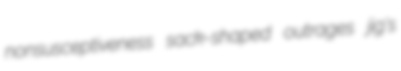
nonsusceptiveness sack-shaped outrages jig's